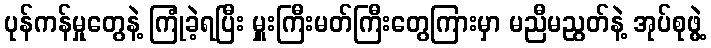
ပုန်ကန်မှုတွေနဲ့ ကြုံခဲ့ရပြီး မှူးကြီးမတ်ကြီးတွေကြားမှာ မညီမညွတ်နဲ့ အုပ်စုဖွဲ့